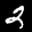
Label: 2